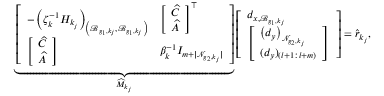
\underbrace { \left[ \begin{array} { l l } { - \left( \zeta _ { k } ^ { - 1 } H _ { k _ { j } } \right) _ { \left( \mathcal { B } _ { g _ { 1 } , k _ { j } } , \mathcal { B } _ { g _ { 1 } , k _ { j } } \right) } } & { \left[ \begin{array} { l } { \widehat { C } } \\ { \widehat { A } } \end{array} \right] ^ { \top } } \\ { \left[ \begin{array} { l } { \widehat { C } } \\ { \widehat { A } } \end{array} \right] } & { \beta _ { k } ^ { - 1 } I _ { m + \lvert \mathcal { N } _ { g _ { 2 } , k _ { j } } \rvert } } \end{array} \right] } _ { \widehat { M } _ { k _ { j } } } \left[ \begin{array} { l } { d _ { x , \mathcal { B } _ { g _ { 1 } , k _ { j } } } } \\ { \left[ \begin{array} { l } { \left( d _ { y } \right) _ { \mathcal { N } _ { g _ { 2 } , k _ { j } } } } \\ { ( d _ { y } ) _ { ( l + 1 : l + m ) } } \end{array} \right] } \end{array} \right] = \widehat { r } _ { k _ { j } } ,